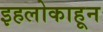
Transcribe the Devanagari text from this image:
इहलोकाहून